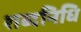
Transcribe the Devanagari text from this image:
शब्दनिधि